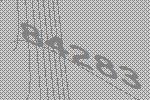
84283